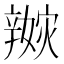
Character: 𨐭